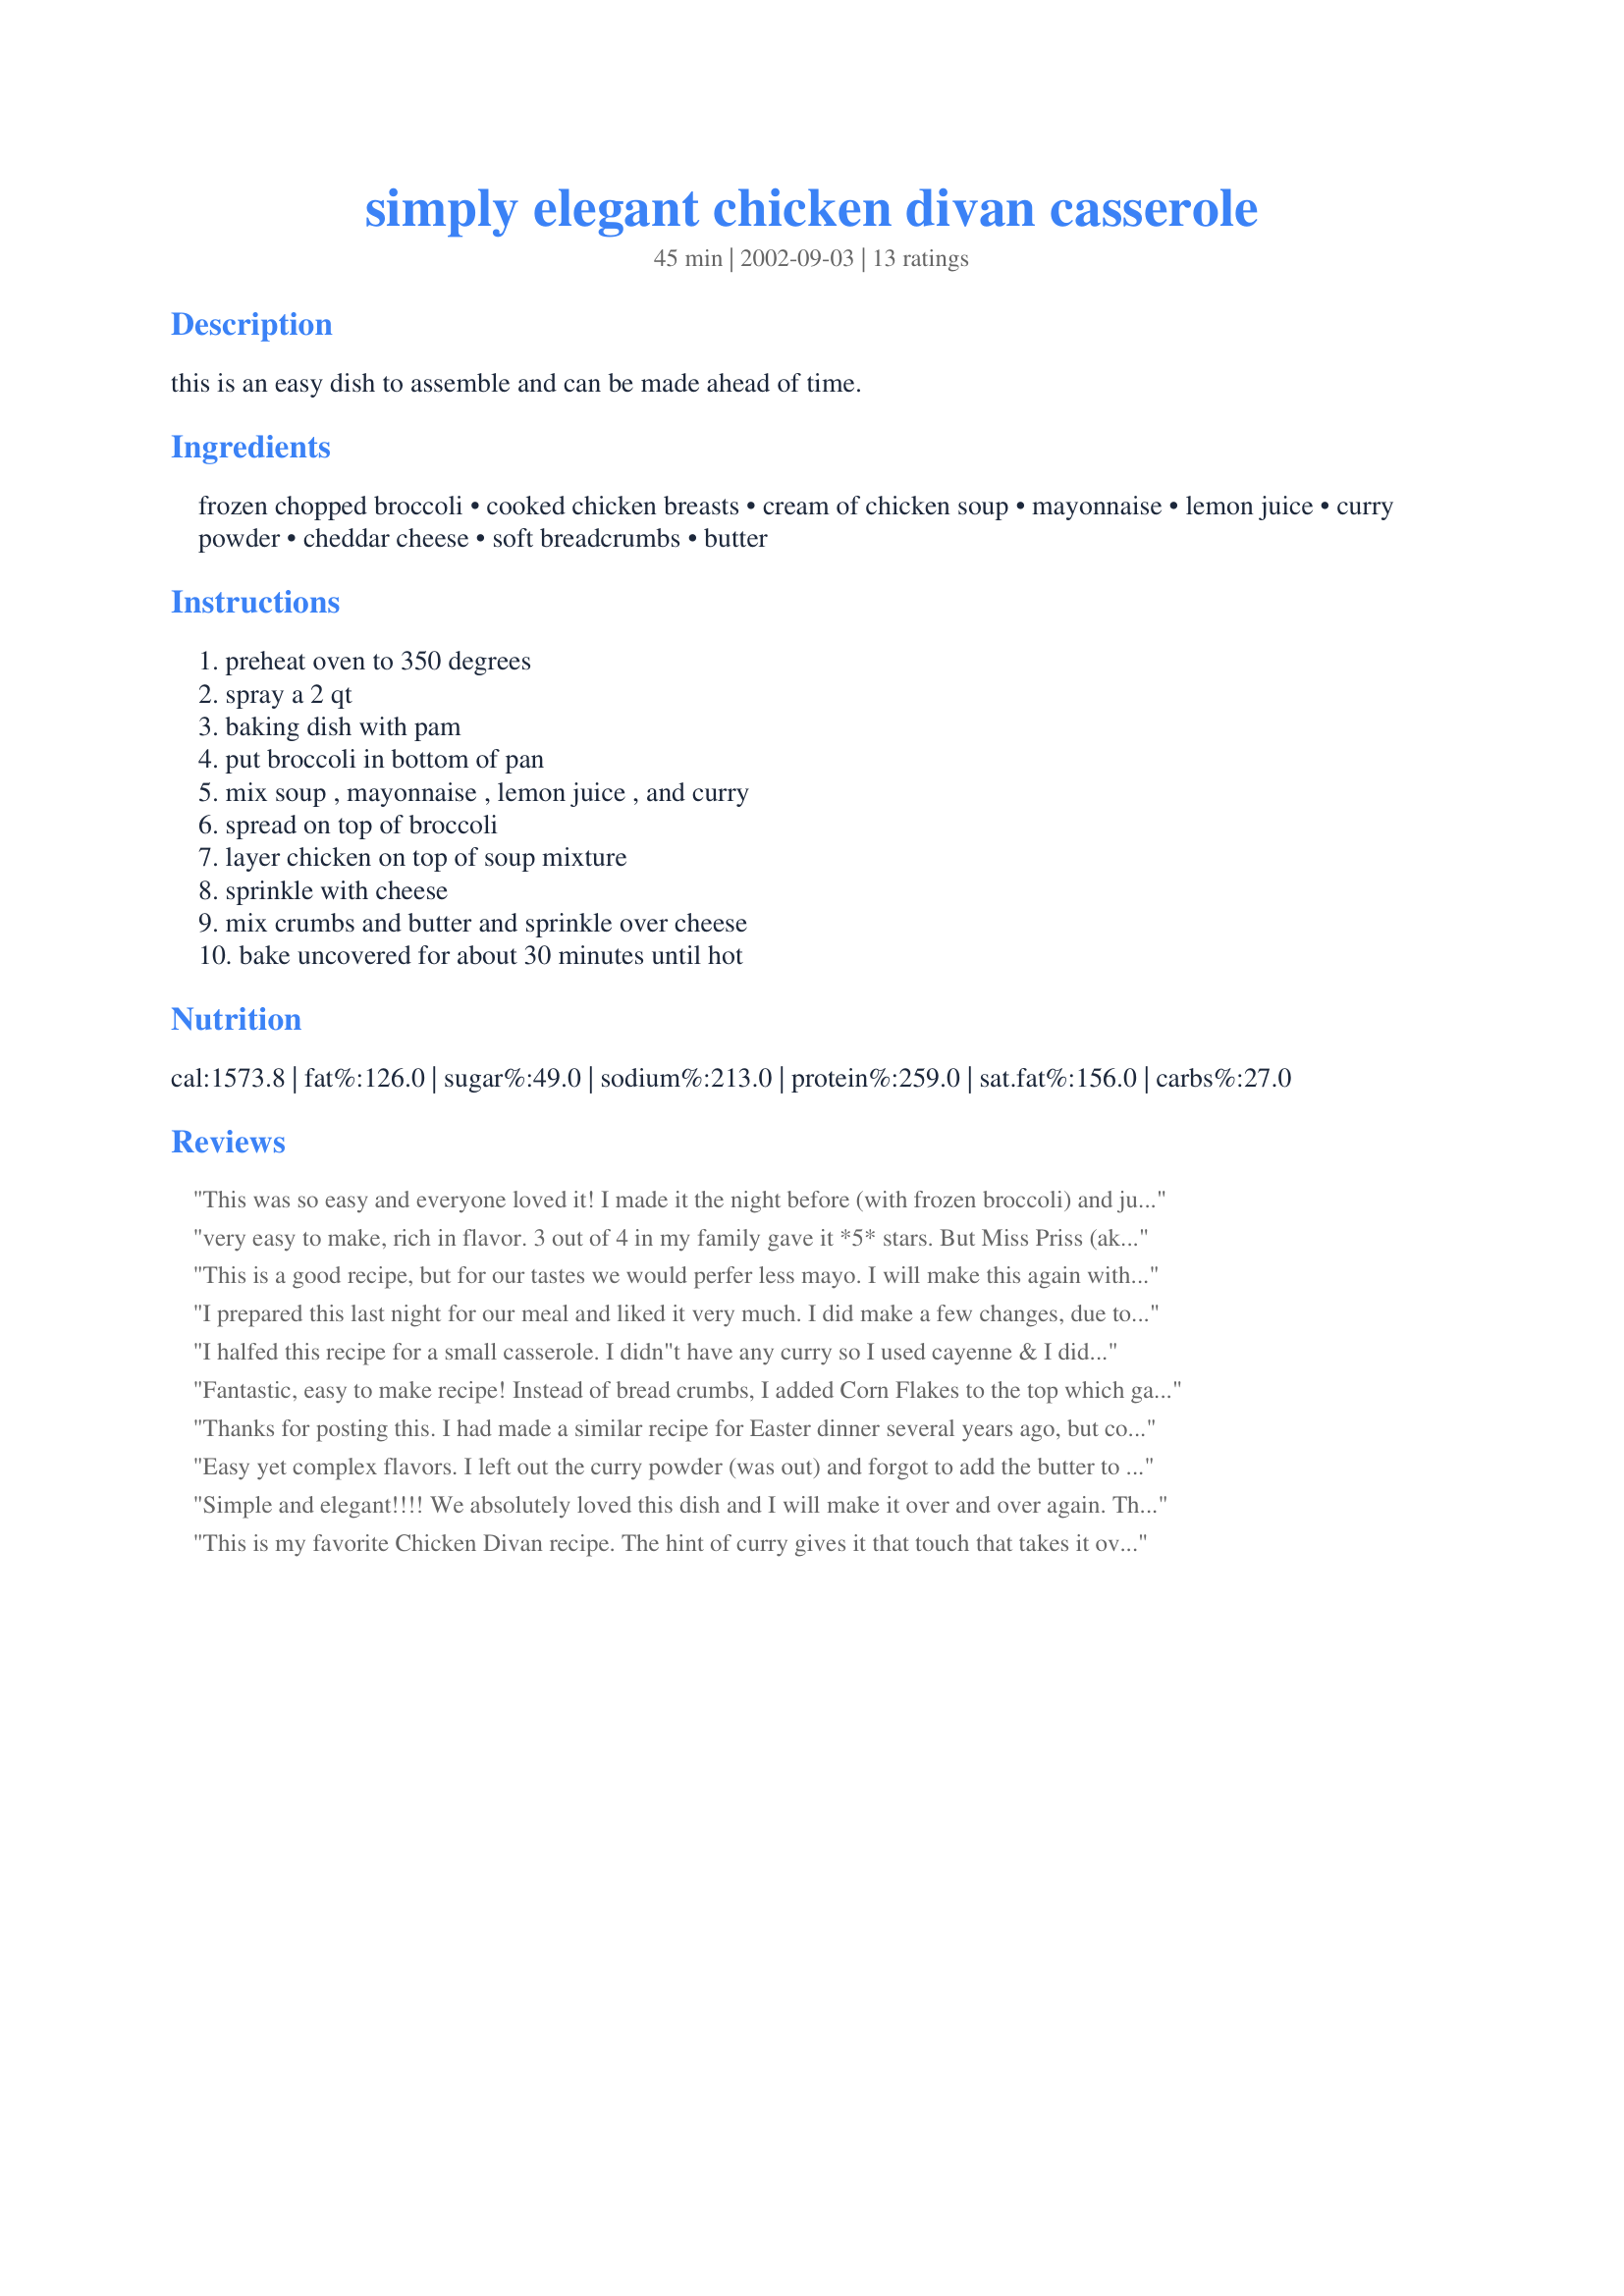
simply elegant chicken divan casserole
Preparation time: 45 minutes

this is an easy dish to assemble and can be made ahead of time.

Ingredients:
frozen chopped broccoli, cooked chicken breasts, cream of chicken soup, mayonnaise, lemon juice, curry powder, cheddar cheese, soft breadcrumbs, butter

Steps:
preheat oven to 350 degrees, spray a 2 qt, baking dish with pam, put broccoli in bottom of pan, mix soup , mayonnaise , lemon juice , and curry, spread on top of broccoli, layer chicken on top of soup mixture, sprinkle with cheese, mix crumbs and butter and sprinkle over cheese, bake uncovered for about 30 minutes until hot

Reviews:
This was so easy and everyone loved it! I made it the night before (with frozen broccoli) and just stuck it in the oven for dinner. I didn't have cream of chicken soup and used 2 cans Progresso cream of chicken with wild grain rice instead. Served it with cooked barley and the divan complimented it well.
very easy to make, rich in flavor. 3 out of 4 in my family gave it *5* stars. But Miss Priss (aka My 13 yr DD) gave it a *2* star rating. I think you could even use more then 2 cups of chicken since there is so much sauce. I will fix again when Miss Priss is not home for dinner!
This is a good recipe, but for our tastes we would perfer less mayo. I will make this again with less mayo and some chicken stock to think out the cream of chicken soup. 
Thank you for posting.
I prepared this last night for our meal and liked it very much. I did make a few changes, due to what was on hand. I steamed fresh broccoli, used chicken thighs, 1 can celery soup and one of cream of chicken, and used McCormack mayo with lime. It was very good. Thank you for the recipe, Junebug.
I halfed this recipe for a small casserole. I didn"t have any curry so I used cayenne & I didn't use the bread crumb topping because I served the casserole over rice.
Fantastic, easy to make recipe! Instead of bread crumbs, I added Corn Flakes to the top which gave it a nice, light, crunchy, texture. Plan to make this recipe often!
Thanks for posting this. I had made a similar recipe for Easter dinner several years ago, but couldn't find the recipe again. I made a lot of adaptations to it tonight to try to get my kids to eat it and to be able to use up the leftover grilled chicken. Since my girls are picky about broccoli, I put in a can of corn and a can of french cut green beans instead. The casserole was already new to them, I didn't want them to refuse to try it at all due to broccoli! I skipped the bread crumbs and topped with tator tots to make them think it was their usual tator tot casserole. I used 1 can cream of chicken, 1 can cream of celery because I was short on chicken soup. I used a b it more, maybe a cup of cheese (co-jack). I baked at 400 in a 9 by 13 pan for about 40 minutes (until the tator tots were done). One daughter, age 3, gobbled it up, and exclamed, "Mama, I like it!" The other, age 4, ate the tator tots, and after much pursuading, at the chicken pieces and some of the corn, but really didn't like the sauce. For the kiddos, I would cut the curry powder down to 1/4 teaspoon (but I loved it!). I'll try them on the broccoli version next time, as the one who did like it also likes broccoli, if I cook it long enough and put cheese sauce on it. Besides, I have a ton of fresh broccoli from my garden to use up, and I like it better with broccoli!
Easy yet complex flavors. I left out the curry powder (was out) and forgot to add the butter to the breadcrumbs, but this was tasty, somewhat healthy and very easy. Will make again when I need a quick, tasty all-in-one dish.
Simple and elegant!!!! We absolutely loved this dish and I will make it over and over again. The only thing I did different was use fresh broccoli since that is what I had on hand at the time. This is a dish I will not hesitate to make for guests. Thanks for sharing this lovely recipe. :-)rn
This is my favorite Chicken Divan recipe. The hint of curry gives it that touch that takes it over the top to elegant. I have frozen it with success too.
I was looking for something quick and easy that I could cook and then reheat again later after soccer practice. THIS was great. My kids ate it and barely complained and my husband and I both loved it and deemed it a keeper. I layered the bottom of the casserole with left over roasted potatoes that I had from the day before and I added chopped carrots with the broccoli. 
Great stuff! Thanks for sharin!
Had this last night for dinner and delish!! A meal all in one that even tasted better re-heated the next day. I will make this one again, likely great with leftover turkey too.
A very simple recipe with great flavor. I didn't cook my broccoli. Instead, I got it ready in the morning before work and just placed it in the refrigerator until I got home from work to put it in the oven. I used reduced fat mayo and chicken soup. Served it with baked sweet potato and dinner rolls.
